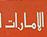
الامارات